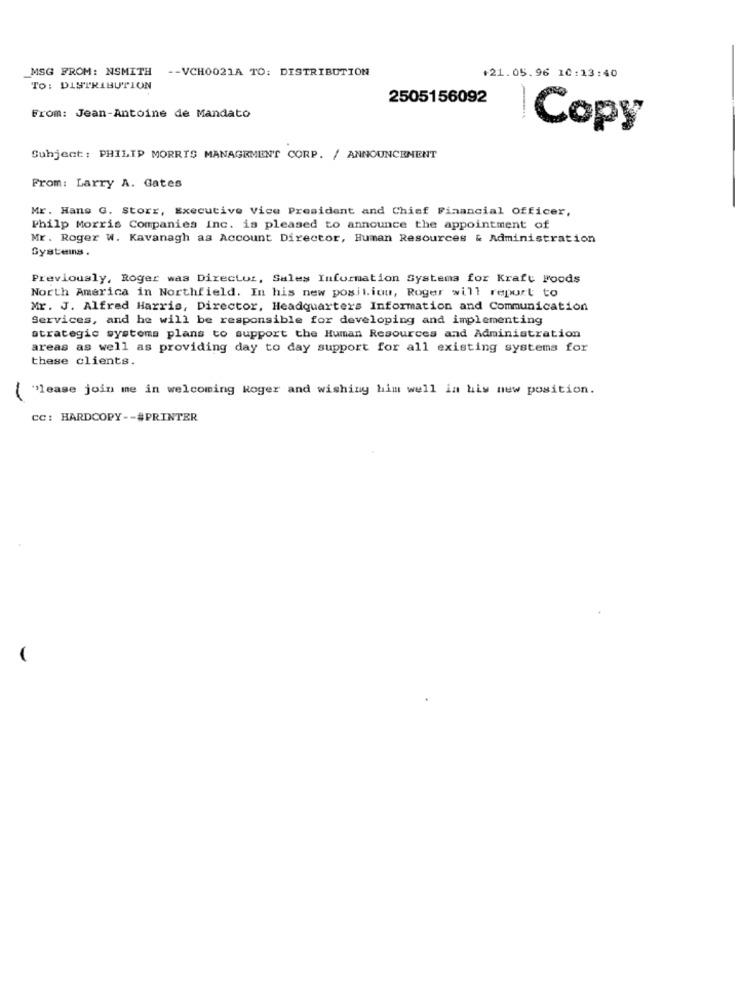
_MSG FROM: NSMITH
-- VCH0021A TO: DISTRIBUTION
+21.05.96 10:13:40
TO: DISTRIBUTION
2505156092
From: Jean-Antoine de Mandato
Copy
Subject: PHILIP MORRIS MANAGEMENT CORP. / ANNOUNCEMENT
From: Larry A. Gates
Mr. Hans G. Storr, Executive Vice President and Chief Financial Officer,
Philp Morris Companies Inc. is pleased to announce the appointment of
Mr. Roger W. Kavanagh as Account Director, Human Resources & Administration
Systems.
Previously, Roger was Director, Sales Information Systems for Kraft Foods
North America in Northfield. In his new posiliou, Roger will report to
Mr. J. Alfred Harris, Director, Headquarters Information and Communication
Services, and he will be responsible for developing and implementing
strategic systems plans to support the Human Resources and Administration
areas as well as providing day to day support for all existing systems for
these clients.
"lease join me in welcoming koger and wishing him well in his new position.
cc: HARDCOPY -- #PRINTER